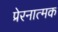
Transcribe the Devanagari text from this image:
प्रेरनात्मक